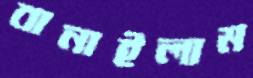
বানাইলাম